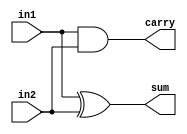
//Developed by: Aashi Srivastava
// TITLE: Half Adder using continuous assignment

module half_adder_ins(
    sum,carry,in1,in2
);
input in1,in2;
output sum, carry;

xor n1(sum,in1,in2); //Sum of half adder is given by xor of the two inputs
and n2(carry,in1,in2); // carry of the two half adder is given by the and of the two inputs
endmodule